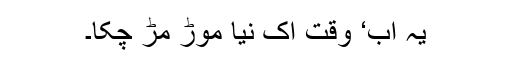
یہ اب‘ وقت اک نیا موڑ مُڑ چکا۔